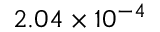
2 . 0 4 \times 1 0 ^ { - 4 }